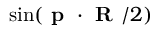
\sin ( \textbf { p } \cdot \textbf { R } / 2 )